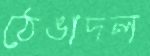
ঠেঙাদল